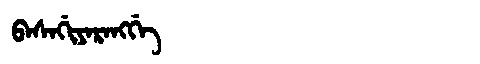
Manchu: ᠪᠠᠰᠠᡤᡳᠶᠠᡵᠠᠩᡤᡝ
Romanization: BASAGIYARANGGE